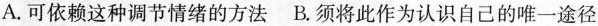
A.可依赖这种调节情绪的方法 B.须将此作为认识自己的唯一途径